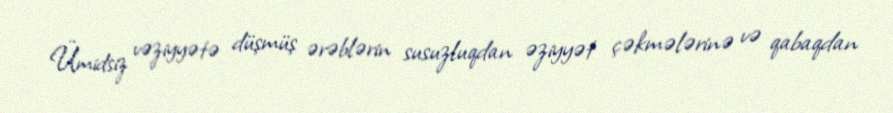
Ümidsiz vəziyyətə düşmüş ərəblərin susuzluqdan əziyyət çəkmələrinə və qabaqdan